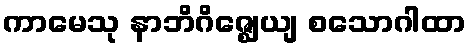
ကာမေသု နာဘိဂိဇ္ဈေယျ စသောဂါထာ